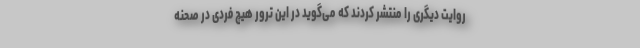
روایت دیگری را منتشر کردند که می‌گوید در این ترور هیچ فردی در صحنه